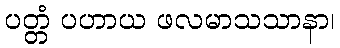
ပတ္တံ ပဟာယ ဖလမာသသာနာ၊